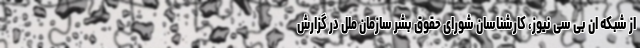
از شبکه ان بی سی نیوز، کارشناسان شورای حقوق بشر سازمان ملل در گزارش